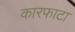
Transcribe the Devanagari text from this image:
कारफाटा